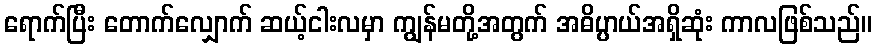
ရောက်ပြီး တောက်လျှောက် ဆယ့်ငါးလမှာ ကျွန်မတို့အတွက် အဓိပ္ပာယ်အရှိဆုံး ကာလဖြစ်သည်။